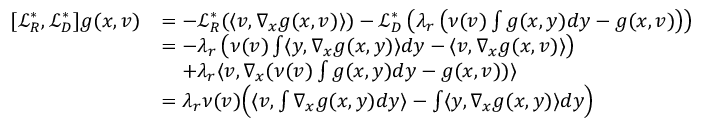
\begin{array} { r l } { [ \mathcal { L } _ { R } ^ { * } , \mathcal { L } _ { D } ^ { * } ] g ( x , v ) } & { = - \mathcal { L } _ { R } ^ { * } ( \langle v , \nabla _ { x } g ( x , v ) \rangle ) - \mathcal { L } _ { D } ^ { * } \left( \lambda _ { r } \left( \nu ( v ) \int g ( x , y ) d y - g ( x , v ) \right) \right) } \\ & { = - \lambda _ { r } \left( \nu ( v ) \int \langle y , \nabla _ { x } g ( x , y ) \rangle d y - \langle v , \nabla _ { x } g ( x , v ) \rangle \right) } \\ & { \quad + \lambda _ { r } \langle v , \nabla _ { x } ( \nu ( v ) \int g ( x , y ) d y - g ( x , v ) ) \rangle } \\ & { = \lambda _ { r } \nu ( v ) \Big ( \langle v , \int \nabla _ { x } g ( x , y ) d y \rangle - \int \langle y , \nabla _ { x } g ( x , y ) \rangle d y \Big ) } \end{array}